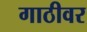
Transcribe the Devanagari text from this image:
गाठीवर